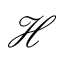
\mathcal { H }